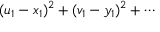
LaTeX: ( u _ { 1 } - x _ { 1 } ) ^ { 2 } + ( v _ { 1 } - y _ { 1 } ) ^ { 2 } + \cdots